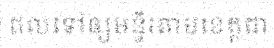
ផលទៅឲ្យមន្ទីរតាមខេត្តជា